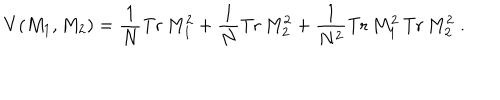
V ( M _ { 1 } , M _ { 2 } ) = \frac { 1 } { N } \mathrm { T r } \, M _ { 1 } ^ { 2 } + \frac { 1 } { N } \mathrm { T r } \, M _ { 2 } ^ { 2 } + \frac { 1 } { N ^ { 2 } } \mathrm { T r } \, M _ { 1 } ^ { 2 } \, \mathrm { T r } \, M _ { 2 } ^ { 2 } \; .